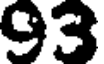
93